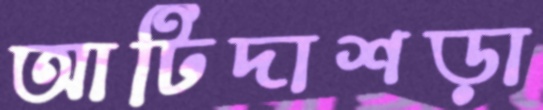
আটিদাশড়া